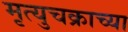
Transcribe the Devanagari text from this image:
मृत्युचक्राच्या